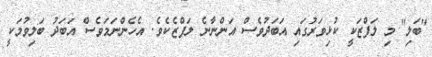
"ބަލި" މި ލަފްޒަކީ ކުޅިވަރުގައި އަބަދުވެސް އަންނާނެ ލަފްޒެކެވެ. އެހެންނަމަވެސް އަބަދު ބަލިވުމަކީ